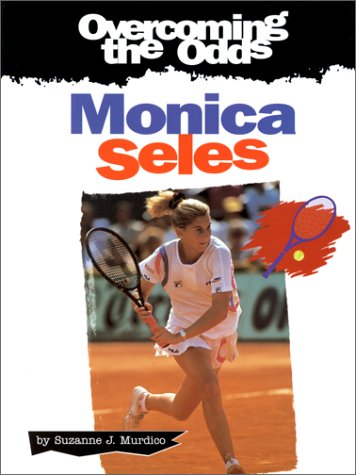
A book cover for Monica Seles (Overcoming the Odds); Suzanne J. Murdico; Children's Books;